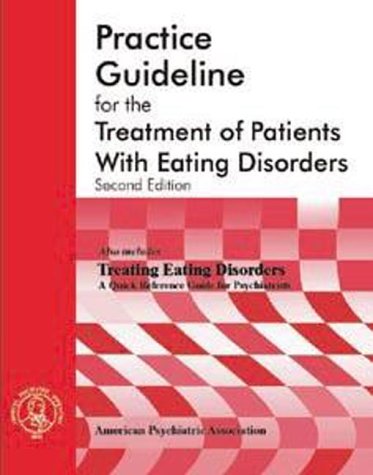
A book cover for American Psychiatric Association Practice Guideline for the Treatment of Patients with Eating Disorders (2314) (American Psychiatric Association Practice Guidelines); The American Psychiatric Association; Health, Fitness & Dieting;